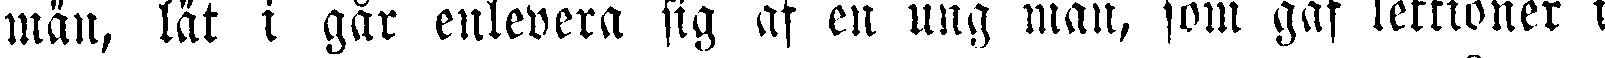
män, lät i går enlevera sig af en ung man, som gaf lektioner i